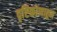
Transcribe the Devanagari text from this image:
दृष्टिकोणाहून